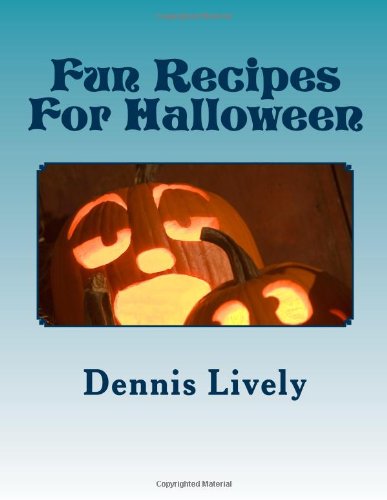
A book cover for Fun Recipes For Halloween: Great recipes for Halloween treats that will have your kids believing that you're the sorceress of the kitchen!; Dennis Lively; Cookbooks, Food & Wine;